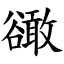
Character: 豃